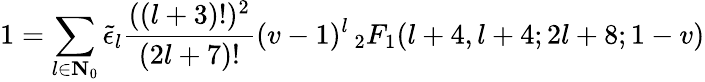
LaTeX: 1=\sum_{l\in\mathbf{N}_{0}}\tilde{\epsilon}_{l}\frac{((l+3)!)^{2}}{(2l+7)!}(v-1)^{l}\, _{2}F_{1}(l+4,l+4;2l+8;1-v)